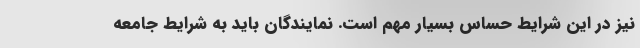
نیز در این شرایط حساس بسیار مهم است. نمایندگان باید به شرایط جامعه